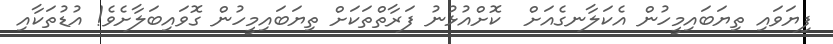
ފިޔަވައި ތިޔަބައިމީހުން އެކަލާނގެއަށް  ކޮށްއުޅުނު ފަރާތްތަކަށް ތިޔަބައިމީހުން ގޮވައިބަލާށެވެ! އުޑުތަކާއި